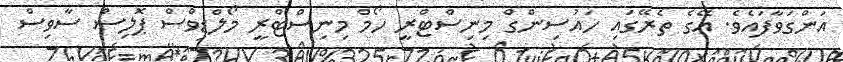
އަންގަވާފައެވެ. އޭގެ ތެރޭގައި ހައުސިންގް މިނިސްޓްރީ ހޯމް މިނިސްޓްރީ މޯލްޑިވްސް ޕޮލިސް ސާވިސް